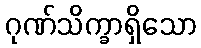
ဂုဏ်သိက္ခာရှိသော